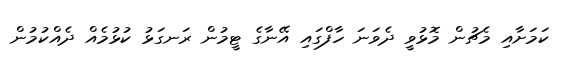
ކަމަށާއި މެޗުން މޮޅުވީ ދެވަނަ ހާފްގައި އޭނާގެ ޓީމުން ރަނގަޅު ކުޅުމެއް ދެއްކުމުން